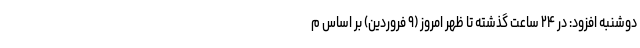
دوشنبه افزود: در ۲۴ ساعت گذشته تا ظهر امروز (۹ فروردین) بر اساس م